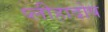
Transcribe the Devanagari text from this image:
प्लीहादोष